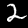
Digit: 2